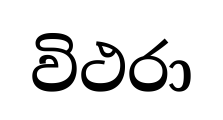
විථරා